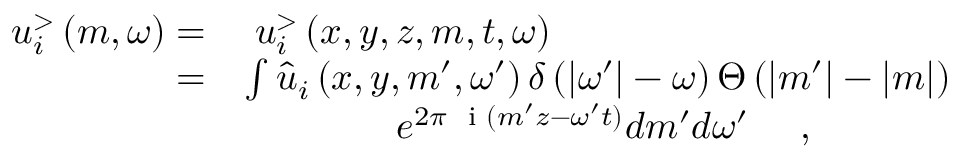
\begin{array} { r l } { u _ { i } ^ { > } \left( m , \omega \right) = } & { \; u _ { i } ^ { > } \left( x , y , z , m , t , \omega \right) } \\ { = } & { \int \hat { u } _ { i } \left( x , y , m ^ { \prime } , \omega ^ { \prime } \right) \delta \left( | \omega ^ { \prime } | - \omega \right) \Theta \left( | m ^ { \prime } | - | m | \right) } \\ & { \qquad \qquad e ^ { 2 \pi \textrm { \fontfamily { c m t t } \selectfont i } ( m ^ { \prime } z - \omega ^ { \prime } t ) } d m ^ { \prime } d \omega ^ { \prime } \quad \textrm { , } } \end{array}